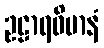
ဥဠာရဝိမာနံ